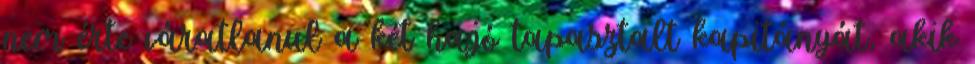
nem érte váratlanul a két hajó tapasztalt kapitányát, akik